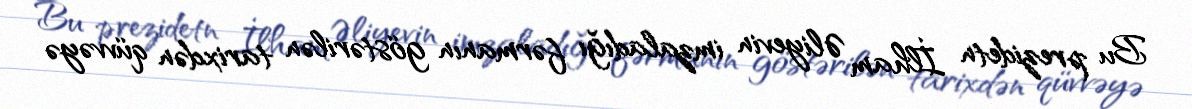
Bu prezidetn İlham Əliyevin imzaladığı fərmanın göstərilən tarixdən qüvvəyə